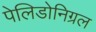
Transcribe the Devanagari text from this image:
पेलिडोनिग्रल